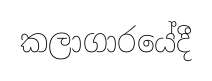
කලාගාරයේදී